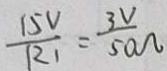
\frac { 1 5 V } { R _ { 1 } } = \frac { 3 V } { 5 0 \Omega }